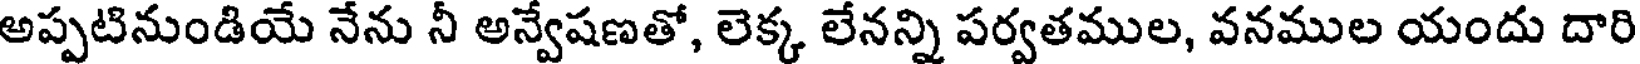
అప్పటినుండియే నేను నీ అన్వేషణతో, లెక్క లేనన్ని పర్వతముల, వనముల యందు దారి